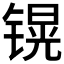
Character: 𲈒